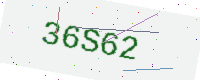
Text: 36S62